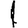
Digit: 1